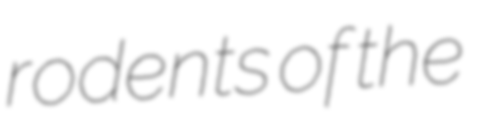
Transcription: rodents of the